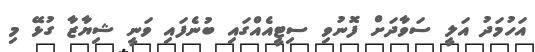
އަހުމަދު އަލީ ސަވާދަށް ފޮނުވި ސިޓީއެއްގައި ބުނެފައި ވަނީ ޝިޔާޒާ ގުޅޭ މި